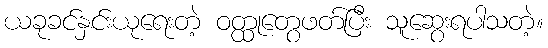
ယခုခင်နှင်းယုရေးတဲ့ ဝတ္ထုတွေဖတ်ပြီး သူဆွေးရပါသတဲ့။